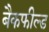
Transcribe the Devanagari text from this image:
बैकफील्ड